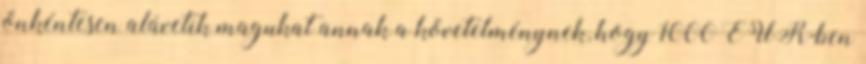
önkéntesen alávetik magukat annak a követelménynek, hogy 1000 EUR-ben